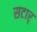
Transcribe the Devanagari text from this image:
सटार्